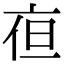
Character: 亱